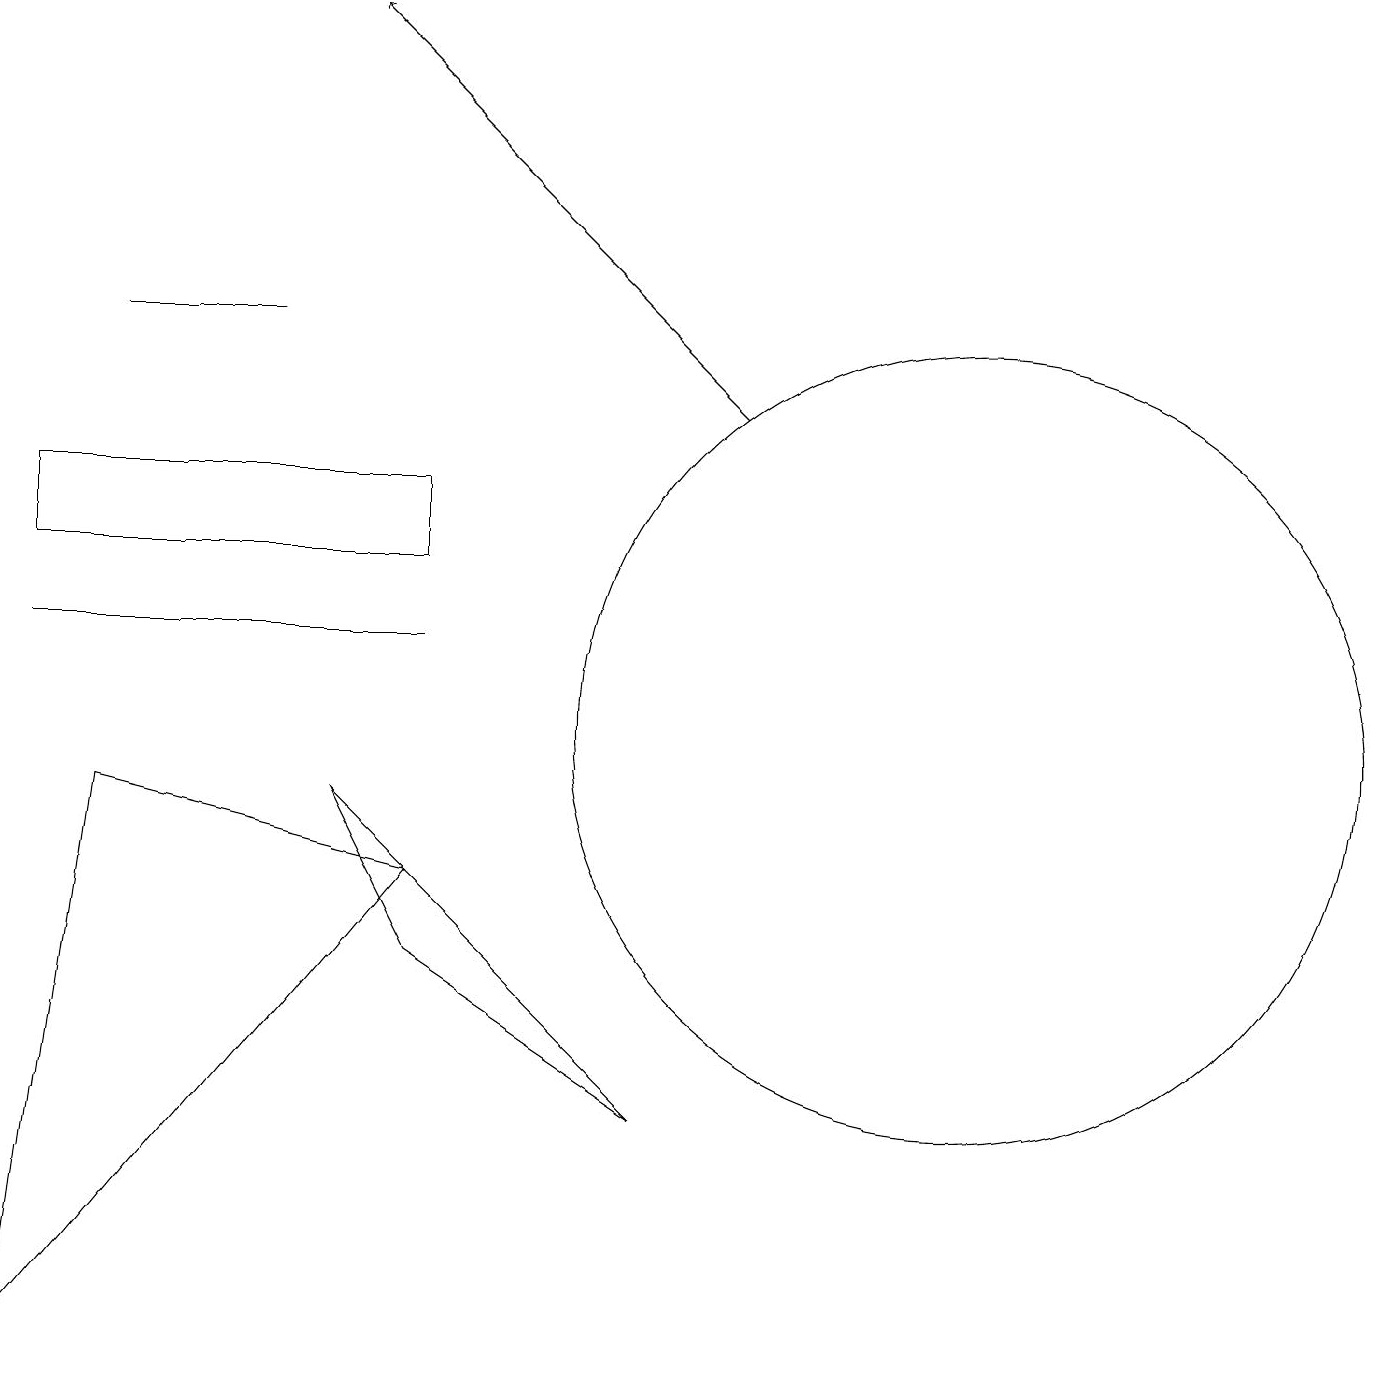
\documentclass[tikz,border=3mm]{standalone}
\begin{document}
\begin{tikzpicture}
\draw (0,13) rectangle (5,12);
\draw (0,2) -- (5,8) -- (1,9) -- cycle;
\draw (5,11) rectangle (0,11);
\draw (5,7) -- (4,9) -- (8,5) -- cycle;
\draw (1,15) rectangle (3,15);
\draw (12,10) circle (5);
\draw[->] (9,14) -- (4,19);
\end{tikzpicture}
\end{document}